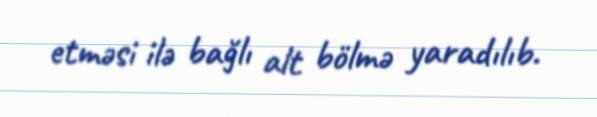
etməsi ilə bağlı alt bölmə yaradılıb.